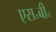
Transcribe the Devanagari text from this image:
एस॰बी॰